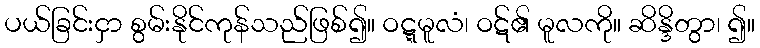
ပယ်ခြင်းငှာ စွမ်းနိုင်ကုန်သည်ဖြစ်၍။ ဝဋ္ဋမူလံ၊ ဝဋ်၏ မူလကို။ ဆိန္ဒိတွာ၊ ၍။